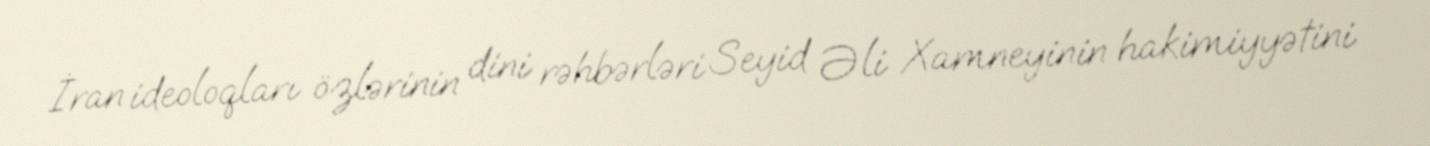
İran ideoloqları özlərinin dini rəhbərləri Seyid Əli Xamneyinin hakimiyyətini